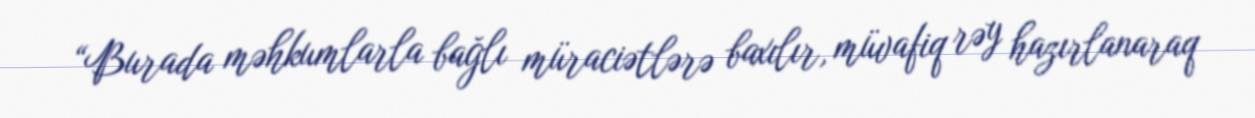
“Burada məhkumlarla bağlı müraciətlərə baxılır, müvafiq rəy hazırlanaraq